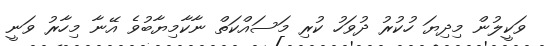
ވަކީލުން މިދިޔަ ހުކުރު ދުވަހު ކުރި މަސައްކަތް ނާކާމިޔާބުވެ އޭނާ މިހާރު ވަނީ